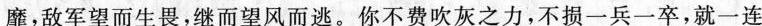
靡,敌军望而生畏,继而望风而逃。你不费吹灰之力,不损一兵一卒,就一连